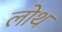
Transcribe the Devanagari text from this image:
लोथ